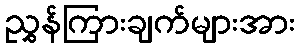
ညွှန်ကြားချက်များအား